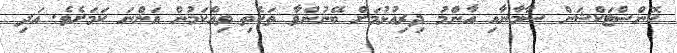
ކޮންސްޓަކްޝަން ސާމާނާއި އާންމު ދިރިއުޅުމަށް ބޭނުންވާ ތަކެތި ވިއްކަމުން އަންނަ ކަމަށެވެ. އަދި